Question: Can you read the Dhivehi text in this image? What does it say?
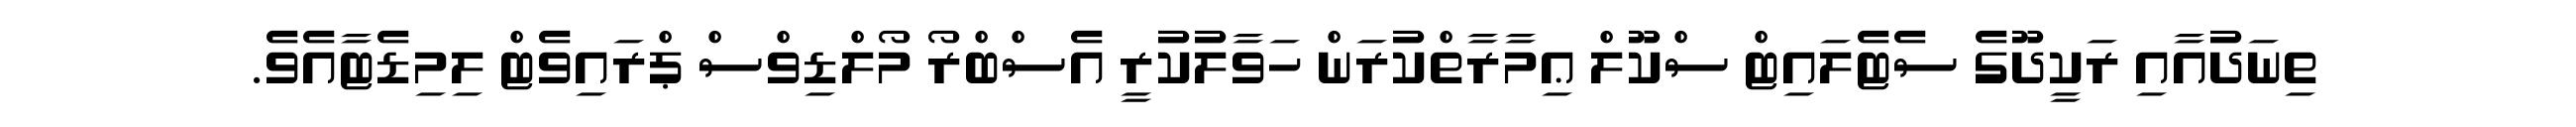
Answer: ތިނަދުއާއި ރަކީދޫގެ ސެޓެލައިޓް ސްކޫލް ޢިމާރާތްކުރަން ހަވާލުކުރީ އެސްބްރޯ މޯލްޑިވްސް ޕްރައިވެޓް ލިމިޑެޓާއެވެ.